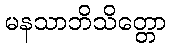
မနသာဘိသိတ္တော